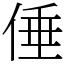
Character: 倕